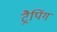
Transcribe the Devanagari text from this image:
ट्रैपिंग